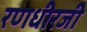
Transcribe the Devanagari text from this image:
रणधीरजी